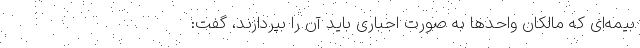
بیمه‌ای که مالکان واحدها به صورت اجباری باید آن را بپردازند، گفت: